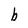
Character: b